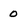
Character: 0